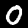
Label: 0